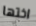
اختها